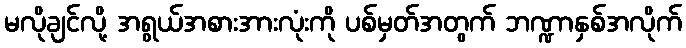
မလိုချင်လို့ အရွယ်အစားအားလုံးကို ပစ်မှတ်အတွက် ဘဏ္ဍာနှစ်အလိုက်